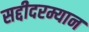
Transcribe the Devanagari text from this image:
सद्दीदरम्यान